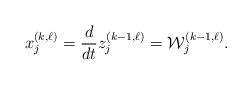
LaTeX: \begin{align*}x^{(k,\ell)}_j =\frac{d}{dt} z^{(k-1,\ell)}_j=\mathcal{W}^{(k-1,\ell)}_j.\end{align*}